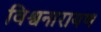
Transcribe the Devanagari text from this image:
विश्वनारायण